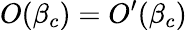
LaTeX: O(\beta_{c})=O^{\prime}(\beta_{c})